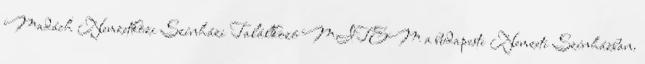
Madách Nemzetközi Színházi Találkozó MITEM a budapesti Nemzeti Színházban.